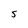
Character: S